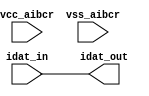
// This program was cloned from: https://github.com/chipsalliance/aib-phy-hardware
// License: Apache License 2.0

// SPDX-License-Identifier: Apache-2.0
// Copyright (C) 2019 Intel Corporation. 
module aibcr3_txdat_mimic (
	input wire idat_in,
	input wire vcc_aibcr,
	input wire vss_aibcr,
	output wire idat_out
);

	assign idat_out = idat_in;

endmodule